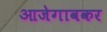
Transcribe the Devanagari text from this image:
आजेगावकर